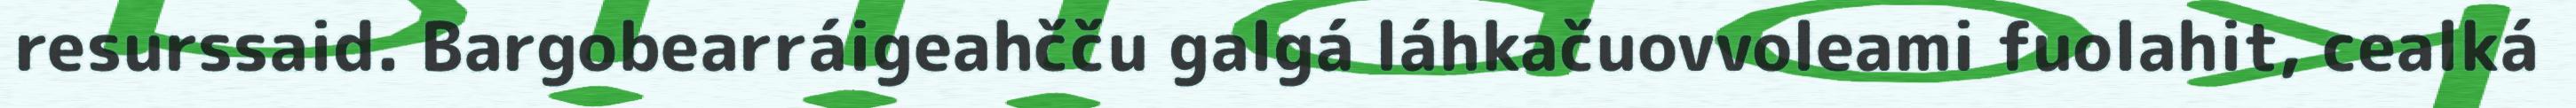
resurssaid. Bargobearráigeahčču galgá láhkačuovvoleami fuolahit, cealká